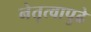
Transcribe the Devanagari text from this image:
नेतृत्वापुढे